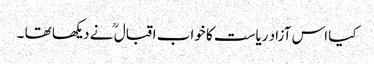
کیا اس آزاد ریاست کا خواب اقبال ؒ نے دیکھا تھا ۔